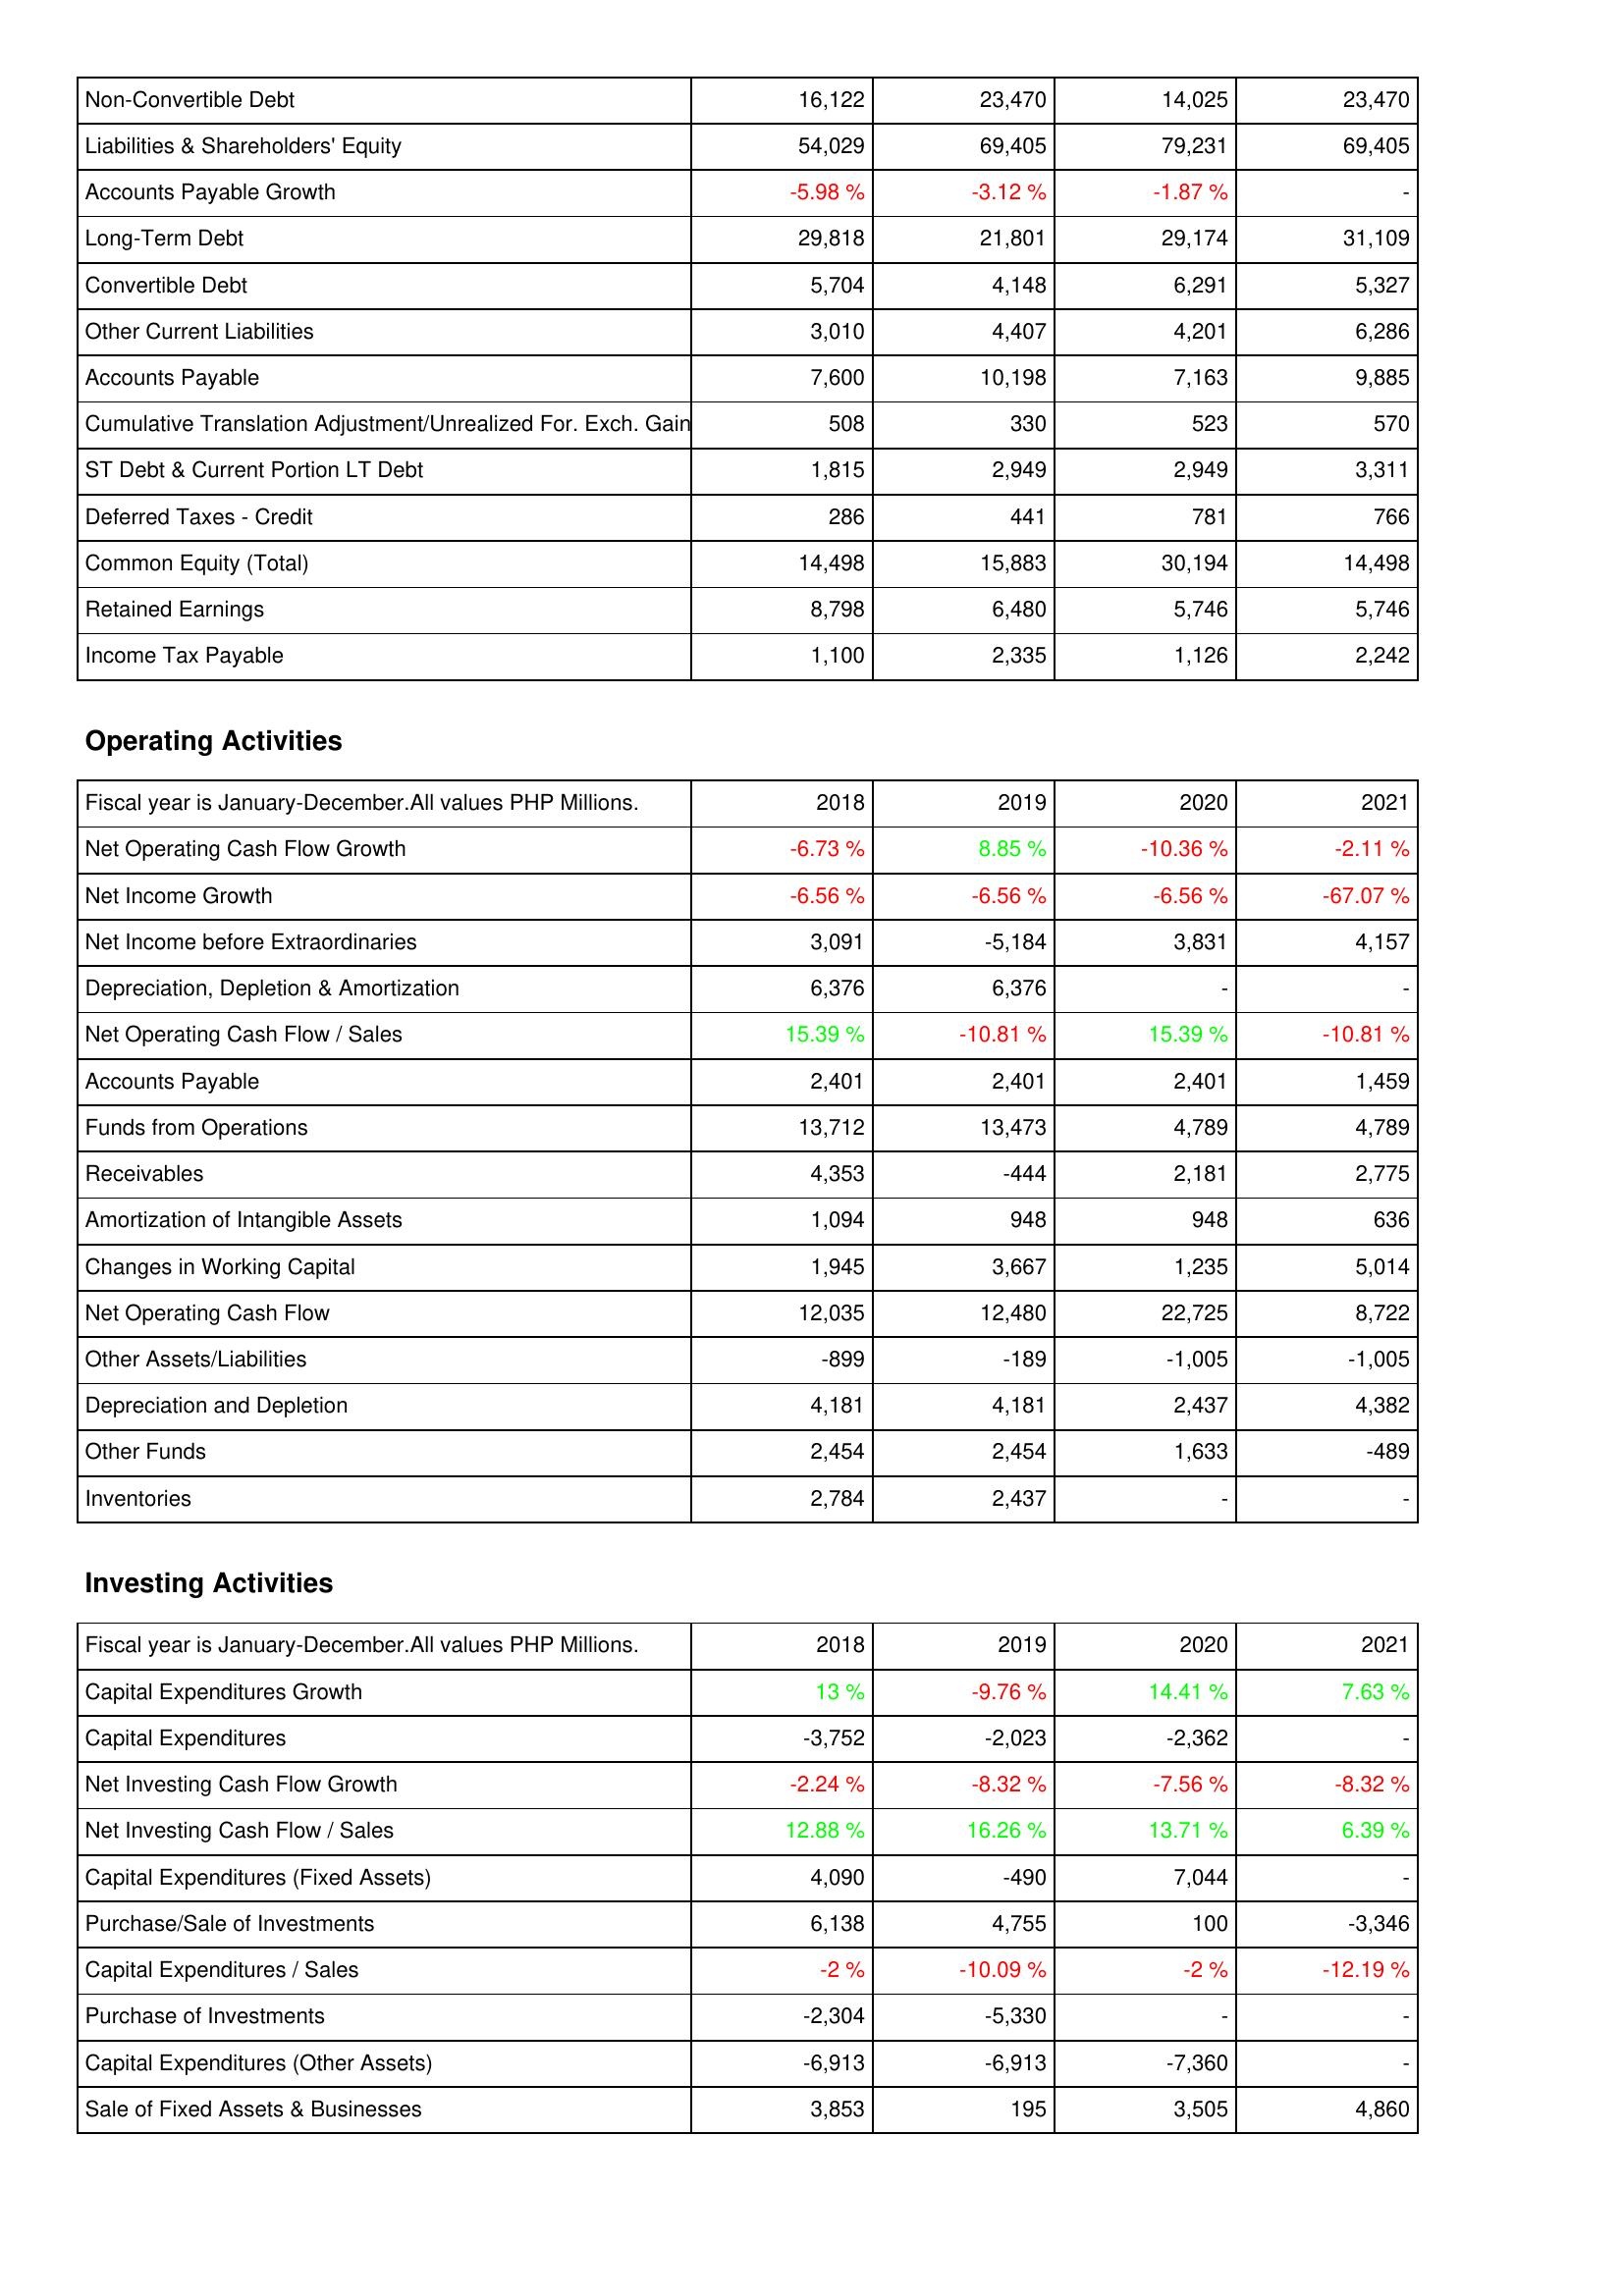
2018: Liabilities & Shareholders' Equity: Non-Convertible Debt: 16,122
Liabilities & Shareholders' Equity: 54,029
Accounts Payable Growth: -5.98 %
Long-Term Debt: 29,818
Convertible Debt: 5,704
Other Current Liabilities: 3,010
Accounts Payable: 7,600
Cumulative Translation Adjustment/Unrealized For. Exch. Gain: 508
ST Debt & Current Portion LT Debt: 1,815
Deferred Taxes - Credit: 286
Common Equity (Total): 14,498
Retained Earnings: 8,798
Income Tax Payable: 1,100
Operating Activities: Net Operating Cash Flow Growth: -6.73 %
Net Income Growth: -6.56 %
Net Income before Extraordinaries: 3,091
Depreciation, Depletion & Amortization: 6,376
Net Operating Cash Flow / Sales: 15.39 %
Accounts Payable: 2,401
Funds from Operations: 13,712
Receivables: 4,353
Amortization of Intangible Assets: 1,094
Changes in Working Capital: 1,945
Net Operating Cash Flow: 12,035
Other Assets/Liabilities: -899
Depreciation and Depletion: 4,181
Other Funds: 2,454
Inventories: 2,784
Investing Activities: Capital Expenditures Growth: 13 %
Capital Expenditures: -3,752
Net Investing Cash Flow Growth: -2.24 %
Net Investing Cash Flow / Sales: 12.88 %
Capital Expenditures (Fixed Assets): 4,090
Purchase/Sale of Investments: 6,138
Capital Expenditures / Sales: -2 %
Purchase of Investments: -2,304
Capital Expenditures (Other Assets): -6,913
Sale of Fixed Assets & Businesses: 3,853
2019: Liabilities & Shareholders' Equity: Non-Convertible Debt: 23,470
Liabilities & Shareholders' Equity: 69,405
Accounts Payable Growth: -3.12 %
Long-Term Debt: 21,801
Convertible Debt: 4,148
Other Current Liabilities: 4,407
Accounts Payable: 10,198
Cumulative Translation Adjustment/Unrealized For. Exch. Gain: 330
ST Debt & Current Portion LT Debt: 2,949
Deferred Taxes - Credit: 441
Common Equity (Total): 15,883
Retained Earnings: 6,480
Income Tax Payable: 2,335
Operating Activities: Net Operating Cash Flow Growth: 8.85 %
Net Income Growth: -6.56 %
Net Income before Extraordinaries: -5,184
Depreciation, Depletion & Amortization: 6,376
Net Operating Cash Flow / Sales: -10.81 %
Accounts Payable: 2,401
Funds from Operations: 13,473
Receivables: -444
Amortization of Intangible Assets: 948
Changes in Working Capital: 3,667
Net Operating Cash Flow: 12,480
Other Assets/Liabilities: -189
Depreciation and Depletion: 4,181
Other Funds: 2,454
Inventories: 2,437
Investing Activities: Capital Expenditures Growth: -9.76 %
Capital Expenditures: -2,023
Net Investing Cash Flow Growth: -8.32 %
Net Investing Cash Flow / Sales: 16.26 %
Capital Expenditures (Fixed Assets): -490
Purchase/Sale of Investments: 4,755
Capital Expenditures / Sales: -10.09 %
Purchase of Investments: -5,330
Capital Expenditures (Other Assets): -6,913
Sale of Fixed Assets & Businesses: 195
2020: Liabilities & Shareholders' Equity: Non-Convertible Debt: 14,025
Liabilities & Shareholders' Equity: 79,231
Accounts Payable Growth: -1.87 %
Long-Term Debt: 29,174
Convertible Debt: 6,291
Other Current Liabilities: 4,201
Accounts Payable: 7,163
Cumulative Translation Adjustment/Unrealized For. Exch. Gain: 523
ST Debt & Current Portion LT Debt: 2,949
Deferred Taxes - Credit: 781
Common Equity (Total): 30,194
Retained Earnings: 5,746
Income Tax Payable: 1,126
Operating Activities: Net Operating Cash Flow Growth: -10.36 %
Net Income Growth: -6.56 %
Net Income before Extraordinaries: 3,831
Depreciation, Depletion & Amortization: -
Net Operating Cash Flow / Sales: 15.39 %
Accounts Payable: 2,401
Funds from Operations: 4,789
Receivables: 2,181
Amortization of Intangible Assets: 948
Changes in Working Capital: 1,235
Net Operating Cash Flow: 22,725
Other Assets/Liabilities: -1,005
Depreciation and Depletion: 2,437
Other Funds: 1,633
Inventories: -
Investing Activities: Capital Expenditures Growth: 14.41 %
Capital Expenditures: -2,362
Net Investing Cash Flow Growth: -7.56 %
Net Investing Cash Flow / Sales: 13.71 %
Capital Expenditures (Fixed Assets): 7,044
Purchase/Sale of Investments: 100
Capital Expenditures / Sales: -2 %
Purchase of Investments: -
Capital Expenditures (Other Assets): -7,360
Sale of Fixed Assets & Businesses: 3,505
2021: Liabilities & Shareholders' Equity: Non-Convertible Debt: 23,470
Liabilities & Shareholders' Equity: 69,405
Accounts Payable Growth: -
Long-Term Debt: 31,109
Convertible Debt: 5,327
Other Current Liabilities: 6,286
Accounts Payable: 9,885
Cumulative Translation Adjustment/Unrealized For. Exch. Gain: 570
ST Debt & Current Portion LT Debt: 3,311
Deferred Taxes - Credit: 766
Common Equity (Total): 14,498
Retained Earnings: 5,746
Income Tax Payable: 2,242
Operating Activities: Net Operating Cash Flow Growth: -2.11 %
Net Income Growth: -67.07 %
Net Income before Extraordinaries: 4,157
Depreciation, Depletion & Amortization: -
Net Operating Cash Flow / Sales: -10.81 %
Accounts Payable: 1,459
Funds from Operations: 4,789
Receivables: 2,775
Amortization of Intangible Assets: 636
Changes in Working Capital: 5,014
Net Operating Cash Flow: 8,722
Other Assets/Liabilities: -1,005
Depreciation and Depletion: 4,382
Other Funds: -489
Inventories: -
Investing Activities: Capital Expenditures Growth: 7.63 %
Capital Expenditures: -
Net Investing Cash Flow Growth: -8.32 %
Net Investing Cash Flow / Sales: 6.39 %
Capital Expenditures (Fixed Assets): -
Purchase/Sale of Investments: -3,346
Capital Expenditures / Sales: -12.19 %
Purchase of Investments: -
Capital Expenditures (Other Assets): -
Sale of Fixed Assets & Businesses: 4,860